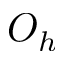
O _ { h }